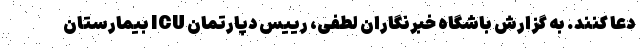
دعا کنند. به گزارش باشگاه خبرنگاران لطفی، رییس دپارتمان ICU بیمارستان